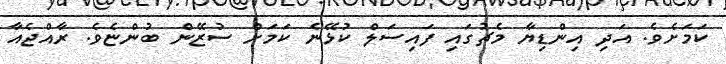
ކަމަށެވެ. އަދި އިންޑިޔާ މެޗުގައި ފައިސަލް ކުޅޭނެ ކަމަށް ސުޒޭން ބުންޏެވެ. ރާއްޖެއާ